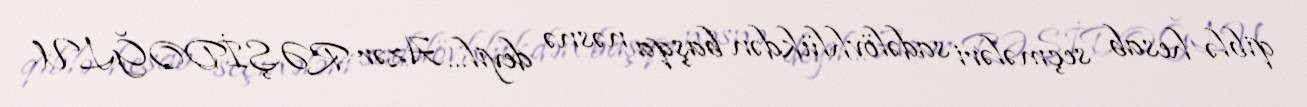
qiblə hesab seçmələri sadəlövhlükdən başqa nəsnə deyil... Azər RƏŞİDOĞLU.